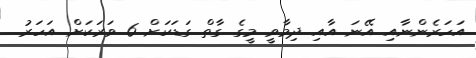
އަހަރެންނާއި އޭނަ އާއި ދިމާވީ މީގެ ގާތް ގަޑަކަށް 6 ވަރަކަށް އަހަރު